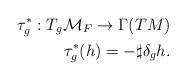
LaTeX: \begin{align*}\tau^*_g:T_g{\cal M}_F\rightarrow \Gamma (TM)\\\tau^*_g(h)=-\sharp\delta_gh.\end{align*}